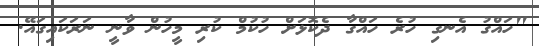
"ހައްގު އެނގި ހުރެ ހައްގާ ދެކޮޅަށް ހުކުމް ކުރި މީހުން ވާނީ ނަރަކައިގައޭ.